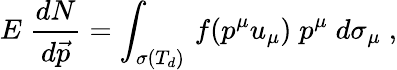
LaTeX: E\; \frac{dN}{d\vec{p}}=\int_{\sigma(T_{d})}\, f(p^{\mu}u_{\mu})\; p^{\mu}\; d\sigma_{\mu}\; ,